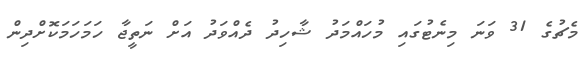
މެޗުގެ 31 ވަނަ މިނެޓުގައި މުހައްމަދު ޝާހިދު ދެއްވަދު އަށް ނަތީޖާ ހަމަހަމަކޮށްދިން